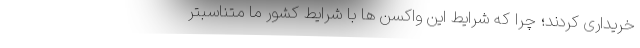
خریداری کردند؛ چرا که شرایط این واکسن ها با شرایط کشور ما متناسبتر